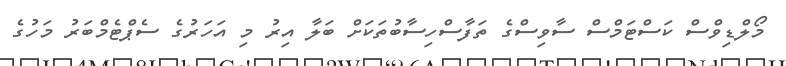
މޯލްޑިވްސް ކަސްޓަމްސް ސާވިސްގެ ތަފާސްހިސާބުތަކަށް ބަލާ އިރު މި އަހަރުގެ ސެޕްޓެމްބަރު މަހުގެ